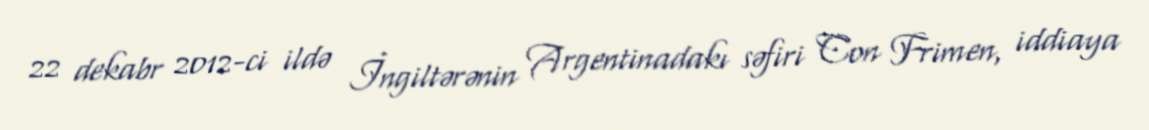
22 dekabr 2012-ci ildə İngiltərənin Argentinadakı səfiri Con Frimen, iddiaya